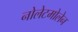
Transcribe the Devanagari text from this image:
नोलेटमोलेन